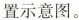
装置示意图。